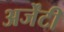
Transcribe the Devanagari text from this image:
अर्जेंटी